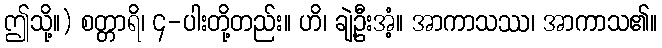
ဤသို့။) စတ္တာရိ၊ ၄-ပါးတို့တည်း။ ဟိ၊ ချဲ့ဦးအံ့။ အာကာသဿ၊ အာကာသ၏။